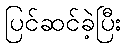
ပြင်ဆင်ခဲ့ပြီး